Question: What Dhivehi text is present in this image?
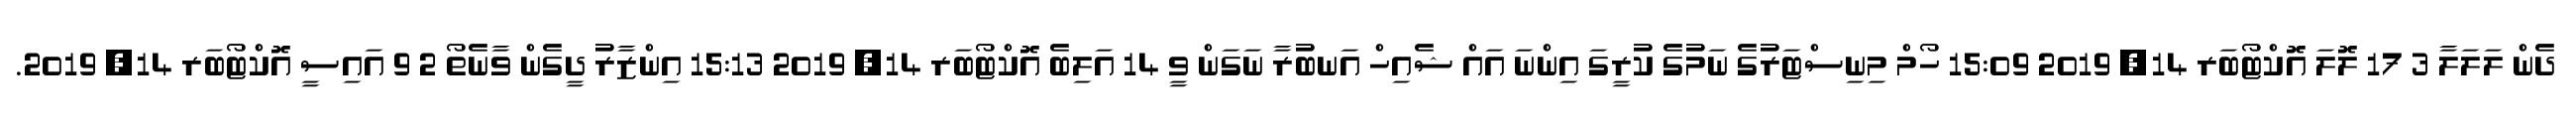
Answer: ދެން ލަލަލާ 3 17 ލޮލަ އޮކްޓޯބަރ 14, 2019 15:09 ހޯމް މިނިސްޓަރުގެ ނަމުގެ ކުރީގަ އިންނަ އައް ޝެއިހް އަނބުރާ ނަގަން ވީ 14 އަލިބެ އޮކްޓޯބަރ 14, 2019 15:13 އިންޒާރު ދީގެން ވާނެތޯ 2 9 އައިސީ އޮކްޓޯބަރ 14, 2019.